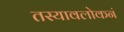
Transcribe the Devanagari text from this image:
तस्यावलोकनं